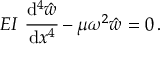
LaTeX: E I ~ { \cfrac { \mathrm { d } ^ { 4 } { \hat { w } } } { \mathrm { d } x ^ { 4 } } } - \mu \omega ^ { 2 } { \hat { w } } = 0 \, .